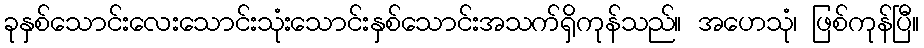
ခုနှစ်သောင်းလေးသောင်းသုံးသောင်းနှစ်သောင်းအသက်ရှိကုန်သည်။ အဟေသုံ၊ ဖြစ်ကုန်ပြီ။